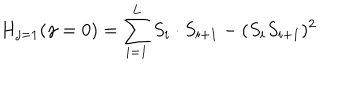
H _ { j = 1 } ( \gamma = 0 ) = \sum _ { i = 1 } ^ { L } S _ { i } \cdot S _ { i + 1 } - ( S _ { i } S _ { i + 1 } ) ^ { 2 }